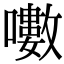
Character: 𡂡